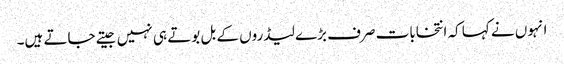
انہوں نے کہا کہ انتخابات صرف بڑے لیڈروں کے بل بوتے ہی نہیں جیتے جاتے ہیں۔